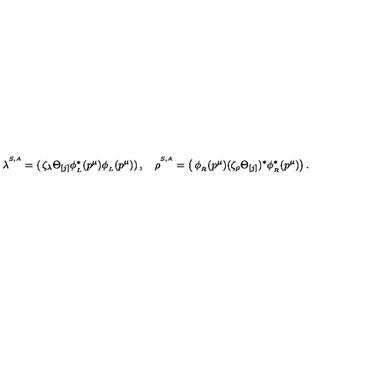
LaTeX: \lambda ^ { ^ { S , A } } = \left( \begin{matrix} { \zeta _ { \lambda } \Theta _ { [ j ] } \phi _ { _ L } ^ { \ast } ( p ^ { \mu } ) } \\ { \phi _ { _ L } ( p ^ { \mu } ) } \\ \end{matrix} \right) , \quad \rho ^ { ^ { S , A } } = \left( \begin{matrix} { \phi _ { _ R } ( p ^ { \mu } ) } \\ { ( \zeta _ { \rho } \Theta _ { [ j ] } ) ^ { \ast } \phi _ { _ R } ^ { \ast } ( p ^ { \mu } ) } \\ \end{matrix} \right) .